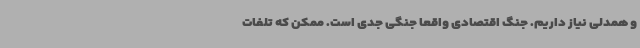
و همدلی نیاز داریم. جنگ اقتصادی واقعا جنگی جدی است. ممکن که تلفات